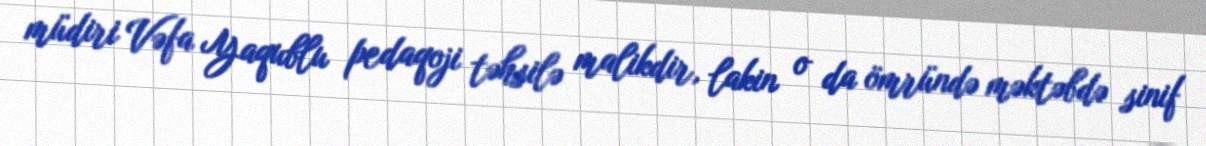
müdiri Vəfa Yaqublu pedaqoji təhsilə malikdir, lakin o da ömründə məktəbdə sinif